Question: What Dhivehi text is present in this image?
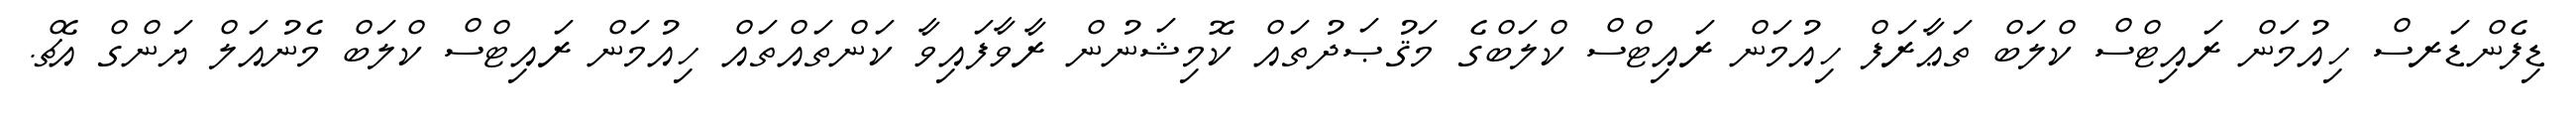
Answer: ޑިފެންޑަރސް ހިއުމަން ރައިޓްސް ކްލަބް ތަޢާރަފް ހިއުމަން ރައިޓްސް ކްލަބްގެ މަޤުޞަދުތައް ކޮމިޝަނުން ރާވާފައިވާ ކަންތައްތައް ހިއުމަން ރައިޓްސް ކްލަބް މެނުއަލް ޔަންގް އެޗް.